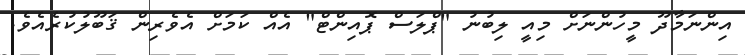
އިންނަމާދޫ މީހުންނަށް މިއީ ލިބުނު "ޕްލަސް ޕޮއިންޓް" އެއް ކަމަށް އެވެރިން ޤަބޫލުކުރެއެވެ.